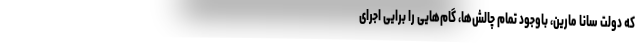
که دولت سانا مارین، باوجود تمام چالش‌ها، گام‌هایی را برایی اجرای